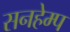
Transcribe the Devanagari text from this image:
सनहेम्प